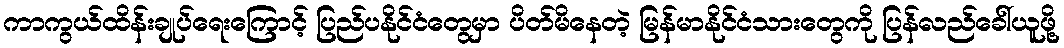
ကာကွယ်ထိန်းချုပ်ရေးကြောင့် ပြည်ပနိုင်ငံတွေမှာ ပိတ်မိနေတဲ့ မြန်မာနိုင်ငံသားတွေကို ပြန်လည်ခေါ်ယူဖို့